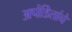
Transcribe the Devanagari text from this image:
अपंडितांचे